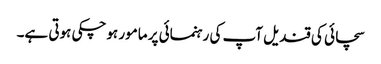
سچائی کی قندیل آپ کی رہنمائی پر مامور ہوچکی ہوتی ہے۔